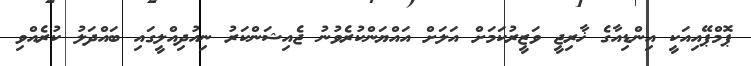
ޕޮމްޕޭއިއަކީ އިންޑިއާގެ ޚާރިޖީ ވަޒީރުކަމަށް އަލަށް އައްޔަންކުރެވުނު ޖެއިޝަންކަރު ނިއުދިއްލީގައި ބައްދަލު ކުރެއްވި